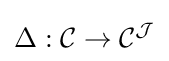
\Delta :{\mathcal {C}}\rightarrow {\mathcal {C}}^{\mathcal {J}}